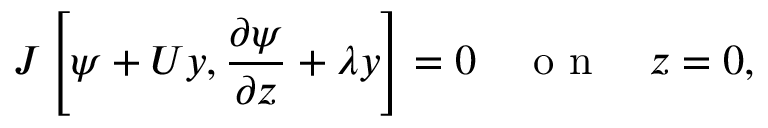
J \left[ \psi + U y , \frac { \partial \psi } { \partial z } + \lambda y \right] = 0 \quad \textrm { o n } \quad z = 0 ,